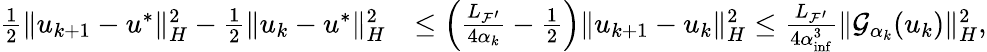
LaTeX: \begin{array}{rl}{\frac{1}{2}\| u_{k+1}-u^{*}\| _{{H}}^{2}-\frac{1}{2}\| u_{k}-u^{*}\| _{{H}}^{2}}&{\leq\left(\frac{{L_{{\mathcal{F}}^{\prime}}}}{4\alpha_{k}}-\frac{1}{2}\right)\| u_{k+1}-u_{k}\| _{{H}}^{2}\leq\frac{{L_{{\mathcal{F}}^{\prime}}}}{4{\alpha}_{\operatorname*{inf}}^{3}}\| {\mathcal{G}}_{\alpha_{k}}(u_{k})\| _{H}^{2},}\end{array}